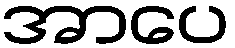
အာပေ